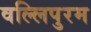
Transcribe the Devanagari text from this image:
वल्लिपुरम